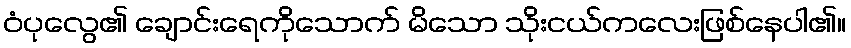
ဝံပုလွေ၏ ချောင်းရေကိုသောက် မိသော သိုးငယ်ကလေးဖြစ်နေပါ၏။